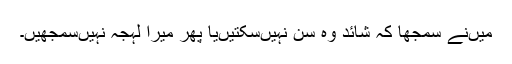
میں‌نے سمجھا کہ شائد وہ سن نہیں‌سکتیں‌یا پھر میرا لہجہ نہیں‌سمجھیں۔